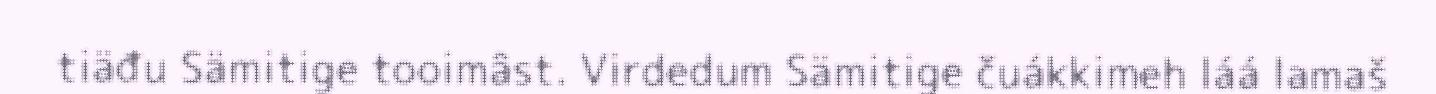
tiäđu Sämitige tooimâst. Virdedum Sämitige čuákkimeh láá lamaš